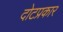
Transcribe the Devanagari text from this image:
दोटप्रकार